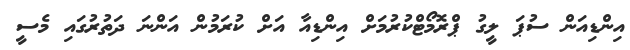
އިންޑިއަން ސުޕަ ލީގު ޕްރޮމޯޓްކުރުމަށް އިންޑިއާ އަށް ކުރަމުން އަންނަ ދަތުރުގައި މެސީ